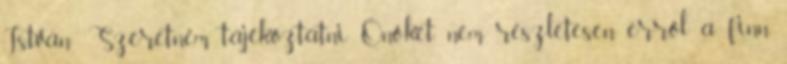
István: Szeretném tájékoztatni Önöket nem részletesen erről a finn